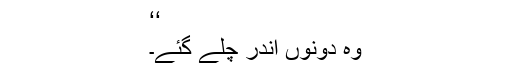
‘‘
وہ دونوں اندر چلے گئے۔